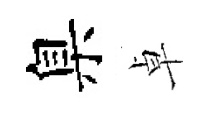
臬卓